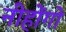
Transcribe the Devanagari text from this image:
नीहोंगो